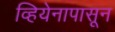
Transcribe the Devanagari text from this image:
व्हियेनापासून